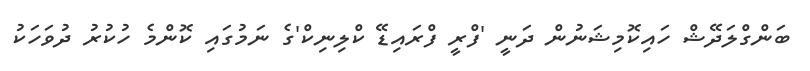
ބަންގްލަދޭޝް ހައިކޮމިޝަނުން ދަނީ 'ފްރީ ފްރައިޑޭ ކްލިނިކް'ގެ ނަމުގައި ކޮންމެ ހުކުރު ދުވަހަކު